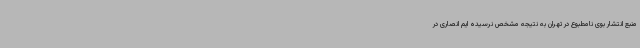
منبع انتشار بوی نامطبوع در تهران به نتیجه مشخص نرسیده ایم انصاری در